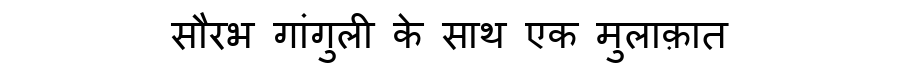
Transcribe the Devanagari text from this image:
सौरभ गांगुली के साथ एक मुलाक़ात